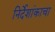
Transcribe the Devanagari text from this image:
निर्देशांकाचा